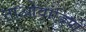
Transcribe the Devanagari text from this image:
ताओवादियों